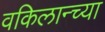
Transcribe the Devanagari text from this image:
वकिलान्च्या